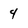
Character: 4